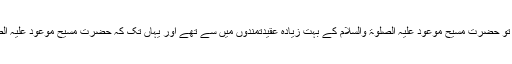
پھر ایک منشی الٰہی بخش صاحب اکاؤنٹنٹ تھے، یہ شروع میں تو حضرت مسیح موعود علیہ الصلوٰۃ والسلام کے بہت زیادہ عقیدتمندوں میں سے تھے اور یہاں تک کہ حضرت مسیح موعود علیہ الصلوٰۃ والسلام کے پاؤں دبانے کو بھی اپنی عزت سمجھتے تھے۔